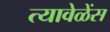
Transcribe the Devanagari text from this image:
त्यावेळेंस